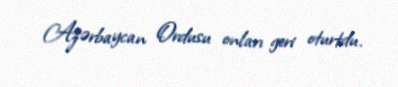
Azərbaycan Ordusu onları geri oturtdu.